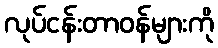
လုပ်ငန်းတာဝန်များကို